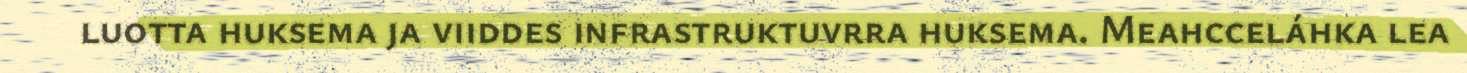
luotta huksema ja viiddes infrastruktuvrra huksema. Meahcceláhka lea